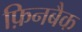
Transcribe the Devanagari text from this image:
फ़िनबैक